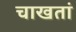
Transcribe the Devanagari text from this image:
चाखतां